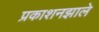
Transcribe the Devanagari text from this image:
प्रकाशनझाले